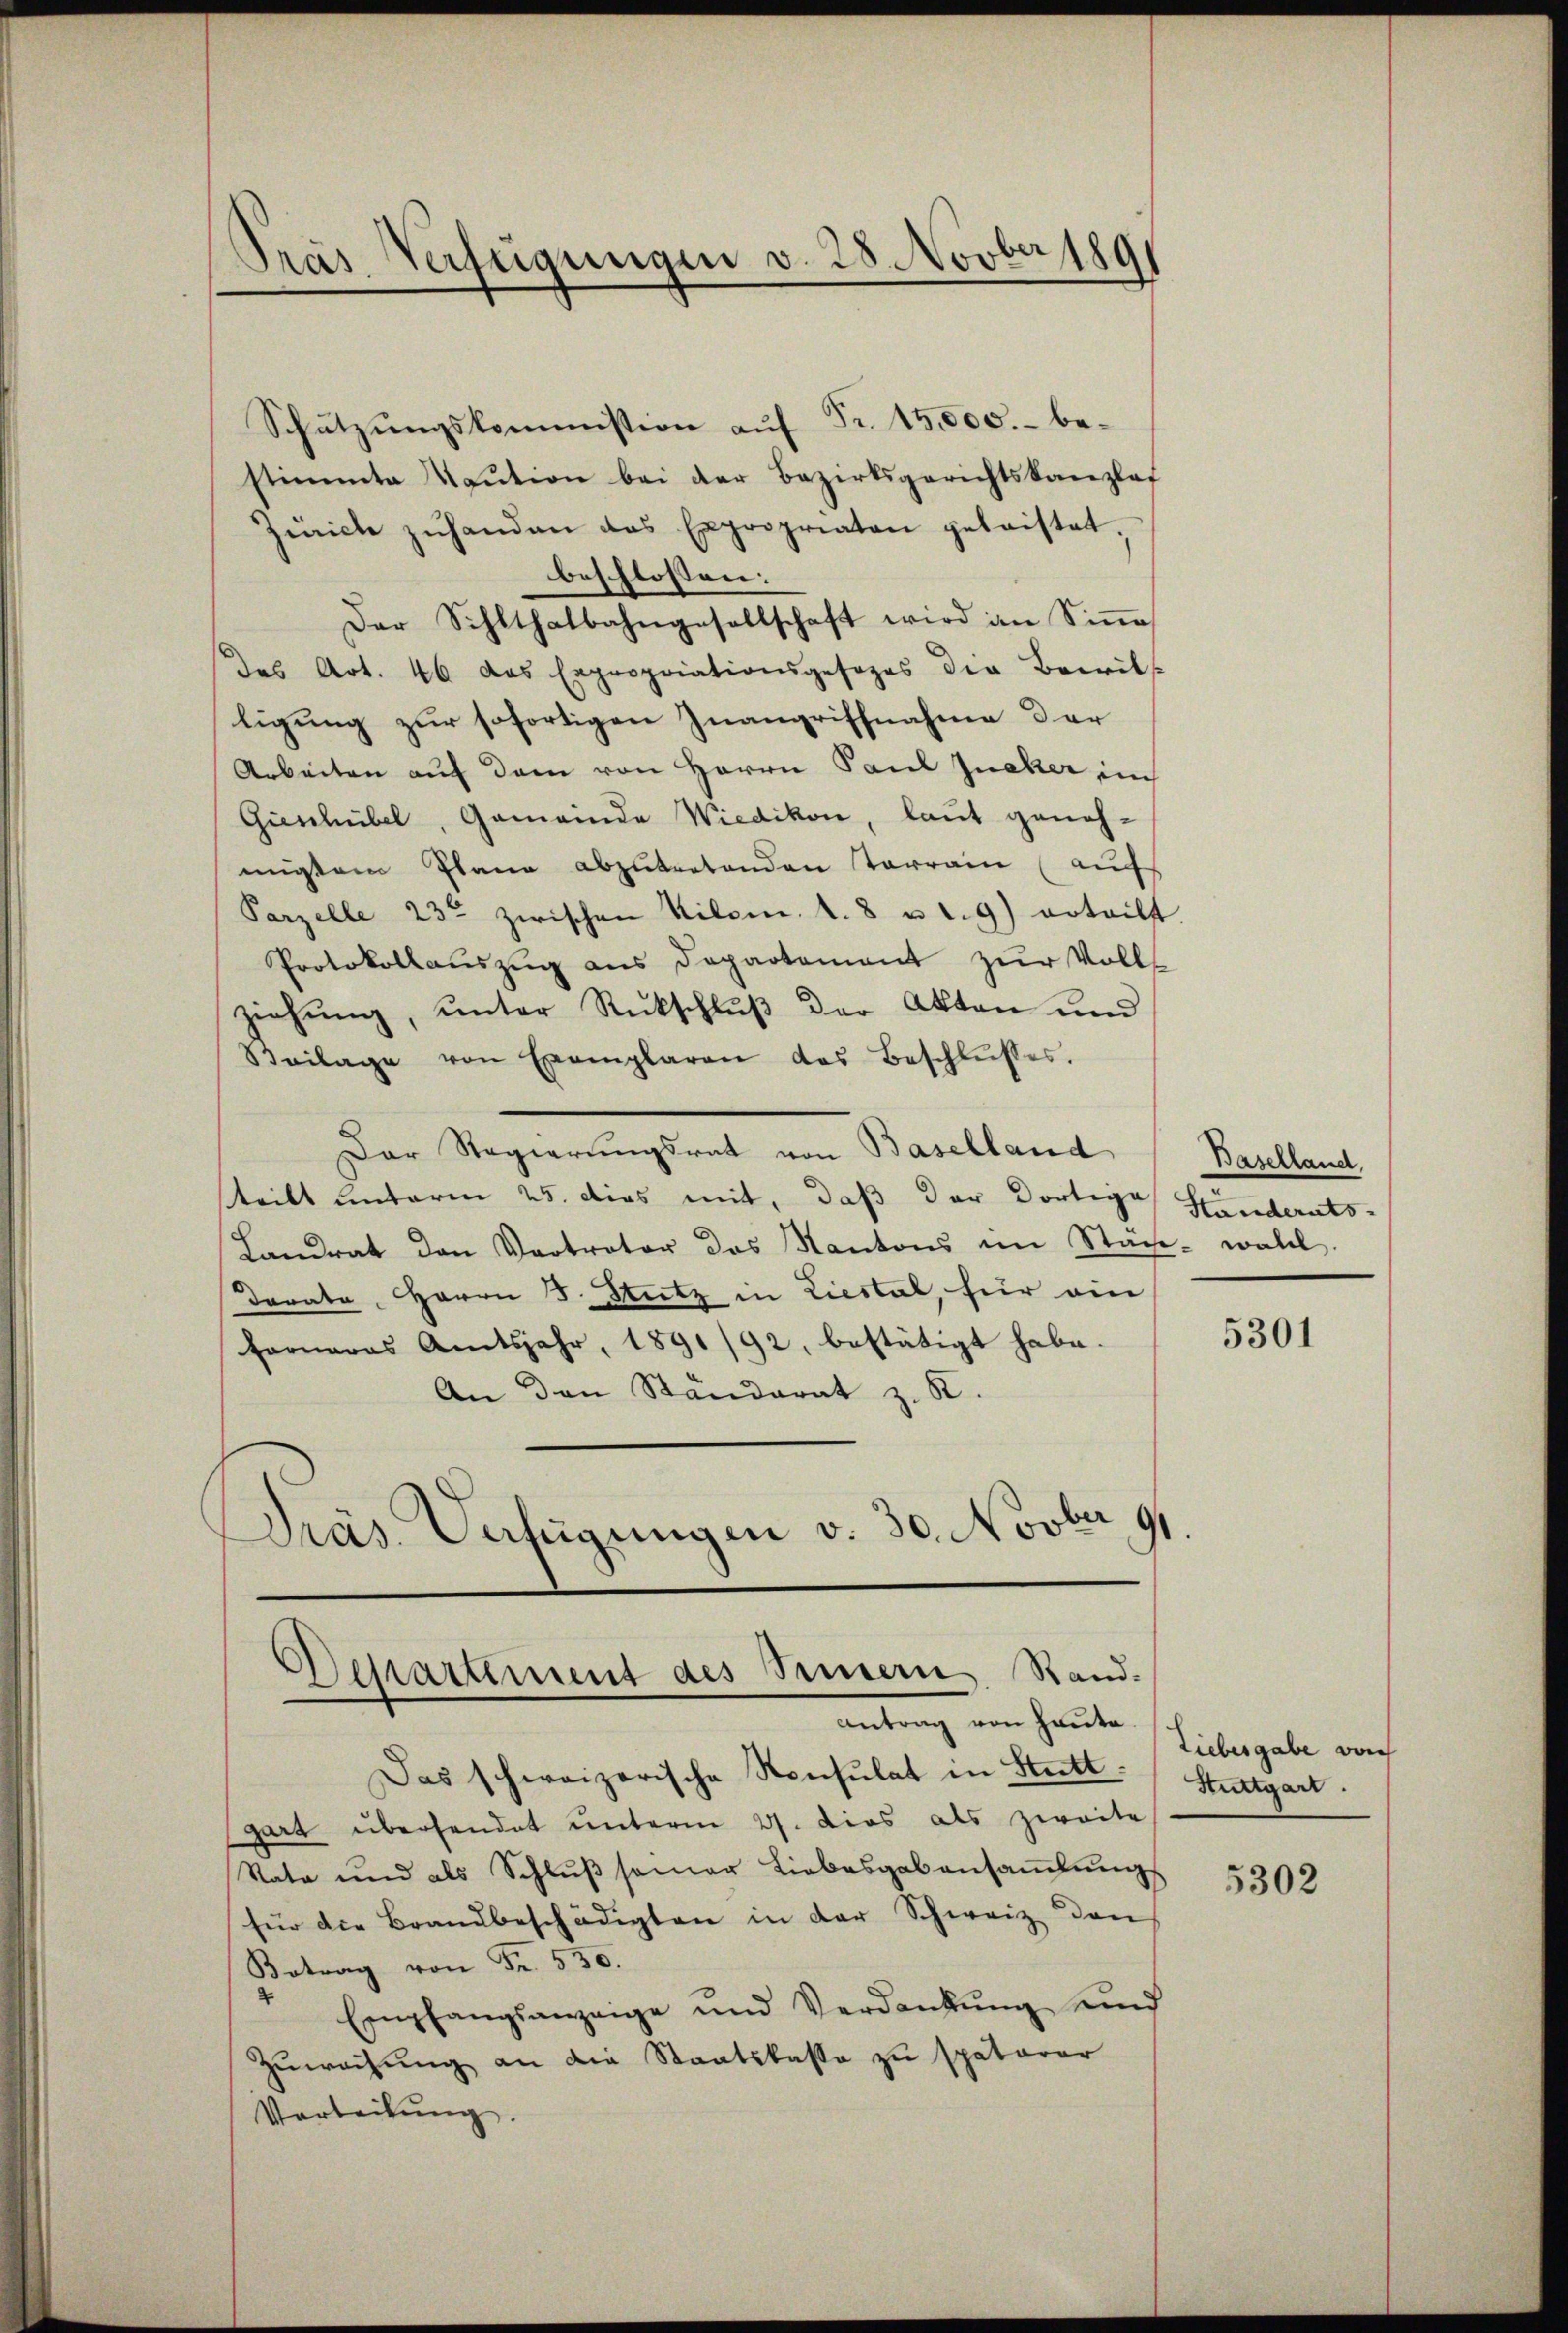
Präs. Verfügungen v. 28 Novber 189

Schützŭngskommission auf Fr. 15,000.- bestimmte Kaŭtion bei der Bezirksgerichtskanzlaf
Jŭricle zŭhanden das Expropriaten geleistet,
beschlossen:
Der Sihlthalbahngesellschaft wird im Siṅe
das Art. 46 das Expropriationsgesezes der Bewil-
ligung zur sofortigen Inangriffnahme der
Arbeiten auf dem von Herrn Paul Jucker im
Gieschübel, Gemeinde Wiedikon, laut genehmigten Plane abzutretenden Terrain (auf
Parzelle 23ten zwischen Kilome S. 8 u. d. 9) erteilt.
Protokollaŭszŭg ans Departement zŭr Volls
ziehung, unter Rückschlŭβ der Akten und
Beilage von Exemplaren das Beschlŭsses.
Der Regierungsrat von Baselland
teilt unterm 25. dies mit, daß der dortige Ständerats-
Landrat den Vertrator des Kantons im Stadt- woll
Dorate Herrn J. Stutz in Liestal, für ein
Fornaras Amtsjahr 1891/92, bestätigt habe.
An den Ständerat z. B.
Präs. Verfügungen v. 30. Novber 191

Departement des Simern Stand-
Antrag von heute.

Das schweizerische Konsulat in Statt.
gart überhandet unterm 27. Dies als zweite
Rata und als Schlŭβ samer Liebesgabensaṁlŭngs
für die Brandbeschädigten in der Schweiz den
Betrag von Fr. 530.
" Empfangsanzeige und Verdankŭng und
Zuwachung an die Staatskasse zu späterer
Verteilŭng.

Baselland

5301

Liebesgabe von
Stuttgart.

5302